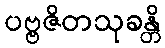
ပဗ္ဗဇိတသုခန္တိ